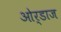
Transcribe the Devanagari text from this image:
ओर्डाज